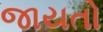
જાયતો